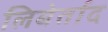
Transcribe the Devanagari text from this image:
लिबेर्ताद